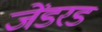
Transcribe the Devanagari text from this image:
जेंडरड